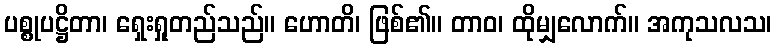
ပစ္စုပဋ္ဌိတာ၊ ရှေးရှုတည်သည်။ ဟောတိ၊ ဖြစ်၏။ တာဝ၊ ထိုမျှလောက်။ အကုသလသ၊